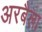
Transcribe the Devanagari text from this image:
अरबैला